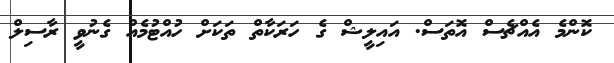
ކޮންމެ އެއްޗެސް އޮތަސް. އައިލީޝް ގެ ހަރަކާތް ތަކަށް ހުއްޓުމެއް ގެނުވީ ރާސިލް